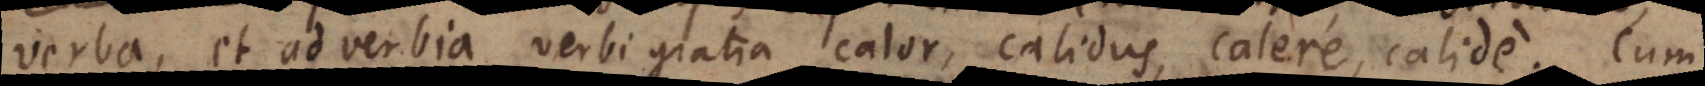
verba, et adverbia, verbi gratia calor, calidus, calere, calide. Cum